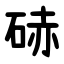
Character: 硳